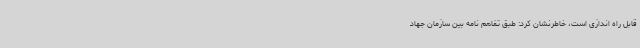
قابل راه اندازی است، خاطرنشان کرد: طبق تفاهم نامه بین سازمان جهاد